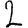
Digit: 2